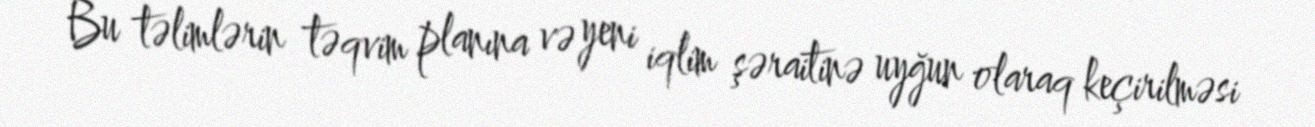
Bu təlimlərin təqvim planına və yeni iqlim şəraitinə uyğun olaraq keçirilməsi